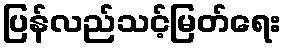
ပြန်လည်သင့်မြတ်ရေး